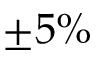
\pm 5 \%